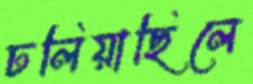
ঢলিয়াছিলে